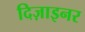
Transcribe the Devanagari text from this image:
दिज़ाइनर